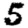
Digit: 5